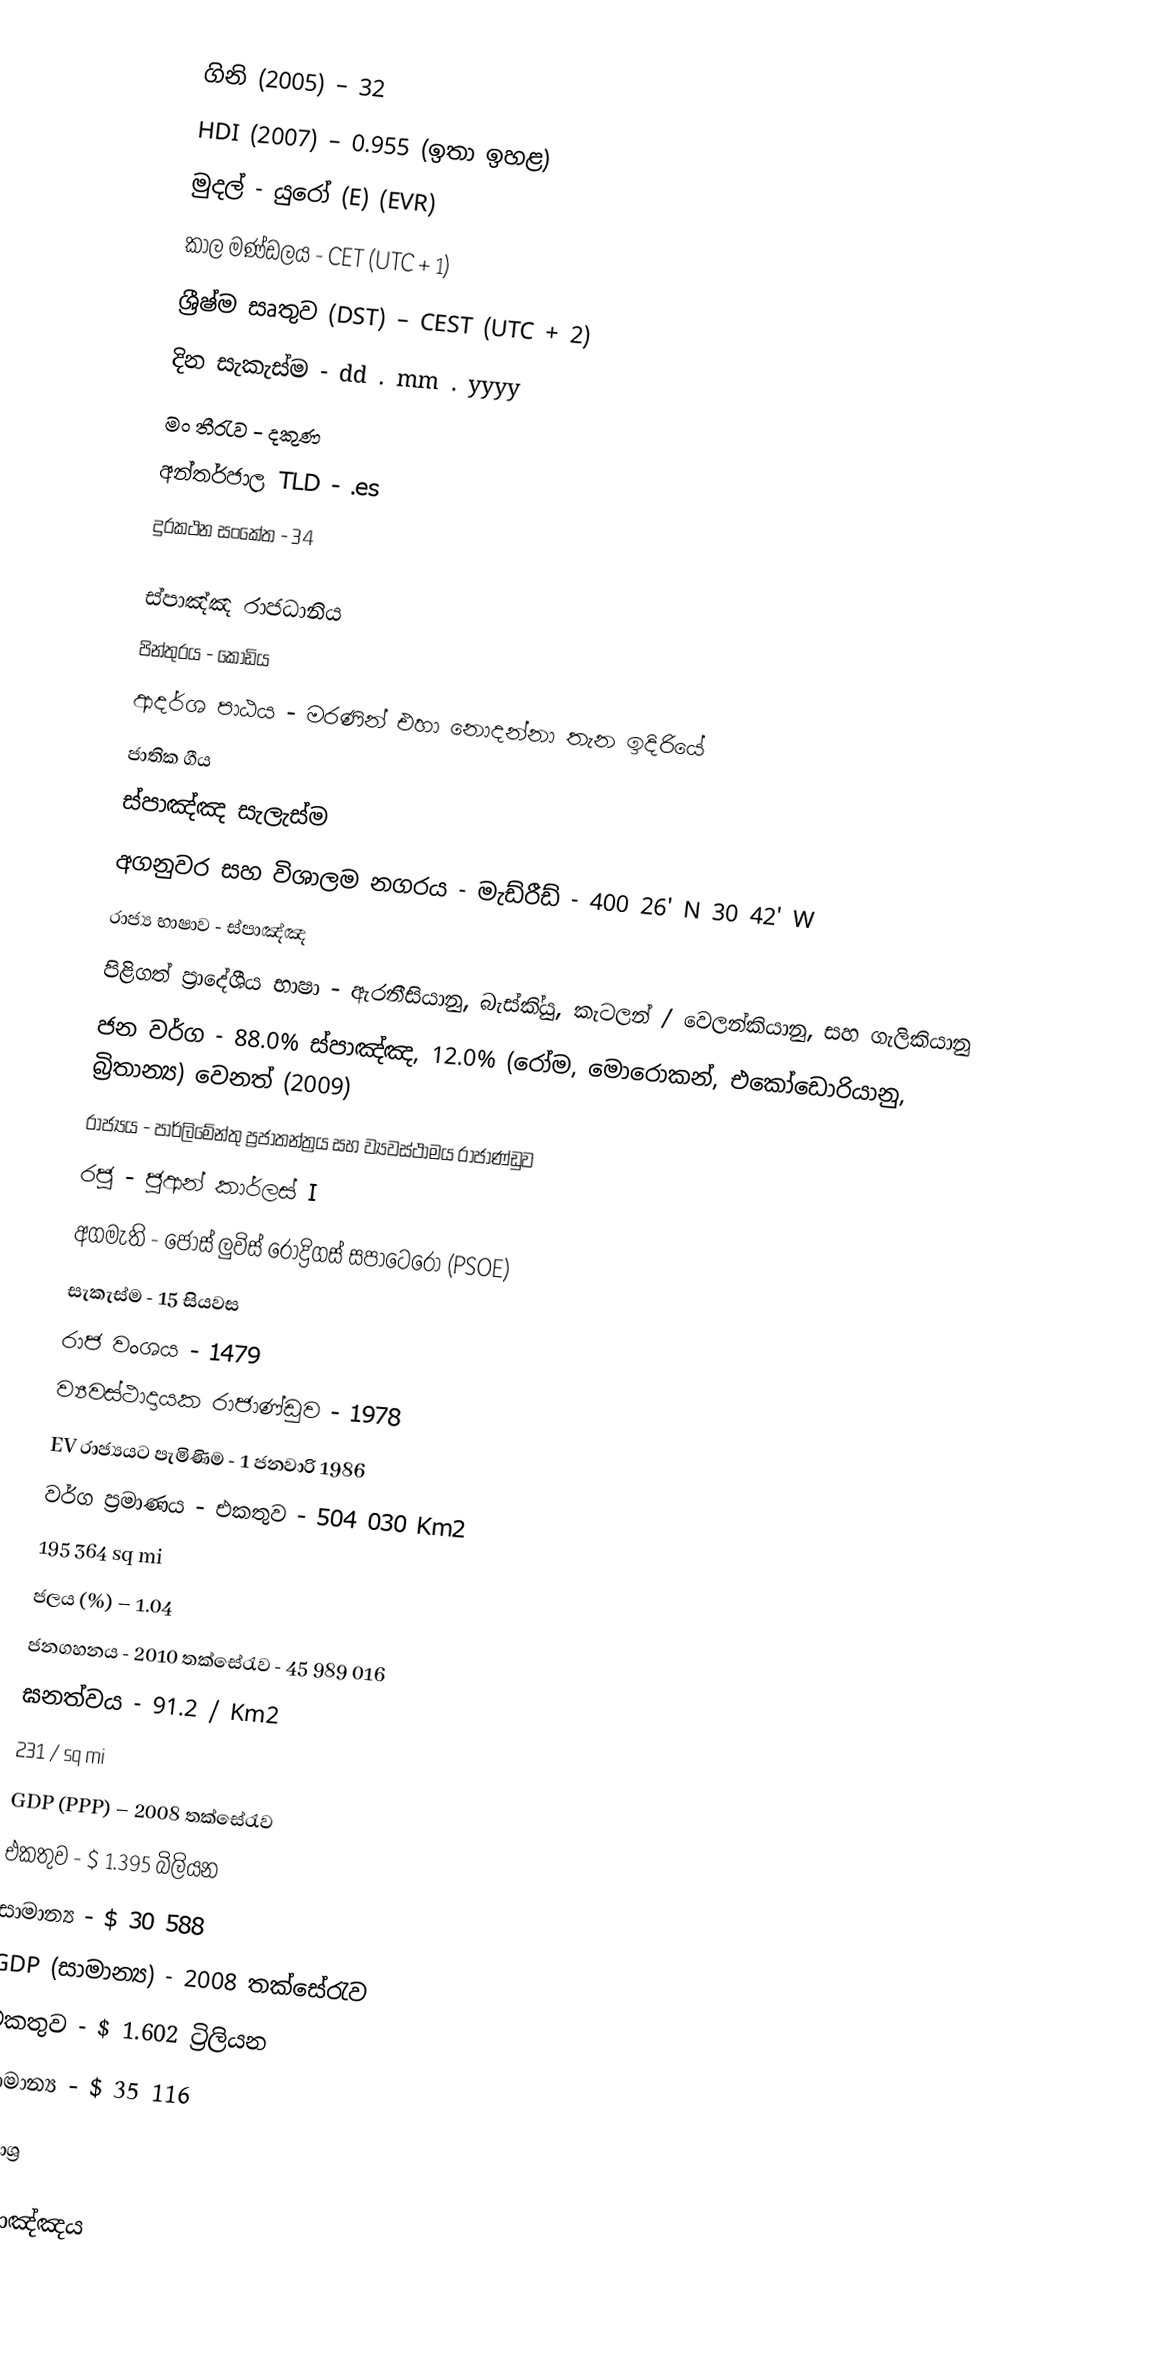
ගිනි (2005) – 32
HDI (2007) – 0.955 (ඉතා ඉහළ)
මුදල් - යුරෝ (E) (EVR)
කාල මණ්ඩලය - CET (UTC + 1)
ශ්‍රීෂ්ම සෘතුව (DST) – CEST (UTC + 2)
දින සැකැස්ම - dd . mm . yyyy
මං තීරැව - දකුණ
අන්තර්ජාල TLD - .es
දුරකථන සංකේත - 34

ස්පාඤ්ඤ රාජධානිය
පින්තුරය - කොඩිය
ආදර්ශ පාඨය - මරණින් එහා නොදන්නා තැන ඉදිරියේ
ජාතික ගීය
ස්පාඤ්ඤ සැලැස්ම
අගනුවර සහ විශාලම නගරය - මැඩ්රීඩ් - 400 26' N 30 42' W
රාජ්‍ය භාෂාව - ස්පාඤ්ඤ
පිළිගත් ප්‍රාදේශීය භාෂා - ඇරනීසියානු, බැස්කි්‍යු, කැටලන් / වෙලන්කියානු, සහ ගැලිකියානු
ජන වර්ග - 88.0% ස්පාඤ්ඤ, 12.0% (රෝම, මොරොකන්, එකෝඩොරියානු, බ්‍රිතාන්‍ය) වෙනත් (2009)
රාජ්‍යය - පාර්ලිමේන්තු ප්‍රජාතන්ත්‍රය සහ ව්‍යවස්ථාමය රාජාණ්ඩුව
රජු - ජුආන් කාර්ලස් I
අගමැති - ජෝස් ලුවිස් රොද්‍රිගස් ස‍පාටෙ‍රෝ (PSOE)
සැකැස්ම - 15 සියවස
රාජ වංශය - 1479
ව්‍යවස්ථාදායක රාජාණ්ඩුව - 1978
EV රාජ්‍යයට පැමිණිම - 1 ජනවාරි 1986
වර්ග ප්‍රමාණය -	එකතුව	-	504 030 Km2
			195 364 sq mi
ජලය (%) – 1.04
ජනගහනය - 2010 තක්සේරැව - 45 989 016
ඝනත්වය	-	91.2 / Km2
			231 / sq mi
GDP (PPP) – 2008 තක්සේරැව
එකතුව - $ 1.395 බිලියන
සාමාන්‍ය - $ 30 588
GDP (සාමාන්‍ය) - 2008 තක්සේරැව
එකතුව - $ 1.602 ට්‍රිලියන
සාමාන්‍ය - $ 35 116

මූලාශ්‍ර

ස්පාඤ්ඤය